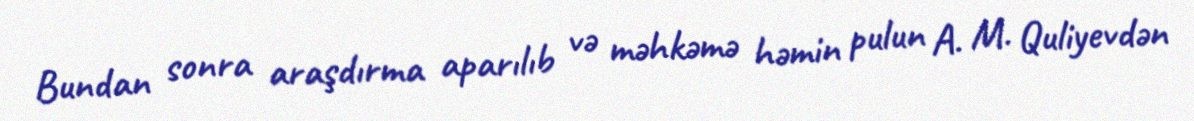
Bundan sonra araşdırma aparılıb və məhkəmə həmin pulun A. M. Quliyevdən